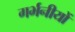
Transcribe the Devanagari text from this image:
गर्भनीयों